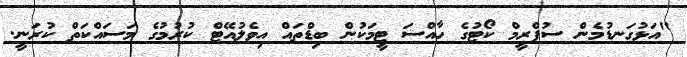
"އަޅުގަނޑުމެން ސުޕްރީމް ކޯޓުގެ ހާއްސަ ޓީމަކުން ބިޑްތައް އިވެލުއޭޓް ކުރުމުގެ މަސައްކަތް ކުރަނީ.